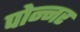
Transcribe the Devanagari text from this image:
पोन्नर